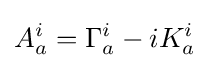
A_{a}^{i}=\Gamma _{a}^{i}-iK_{a}^{i}